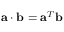
{ \mathbf a } \cdot { \mathbf b } = { \mathbf a } ^ { T } { \mathbf b }